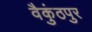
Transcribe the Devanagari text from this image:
वैकुंठपुर